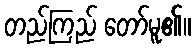
တည်ကြည် တော်မူ၏။